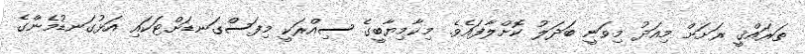
ތަރައްޤީ ރަށަށް މިއަދު މިވަނީ ބަދަލު ކޮށްލާފައެވެ. މިކާމިޔާބީގެ ސިއްރަކީ މިފަސްގަނޑަށްޓަކައި އަޅުގަނޑުމެންގެ